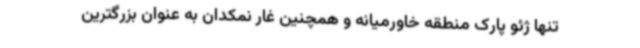
تنها ژئو پارک منطقه خاورمیانه و همچنین غار نمکدان به عنوان بزرگترین